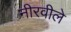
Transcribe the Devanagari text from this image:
नीरवीले